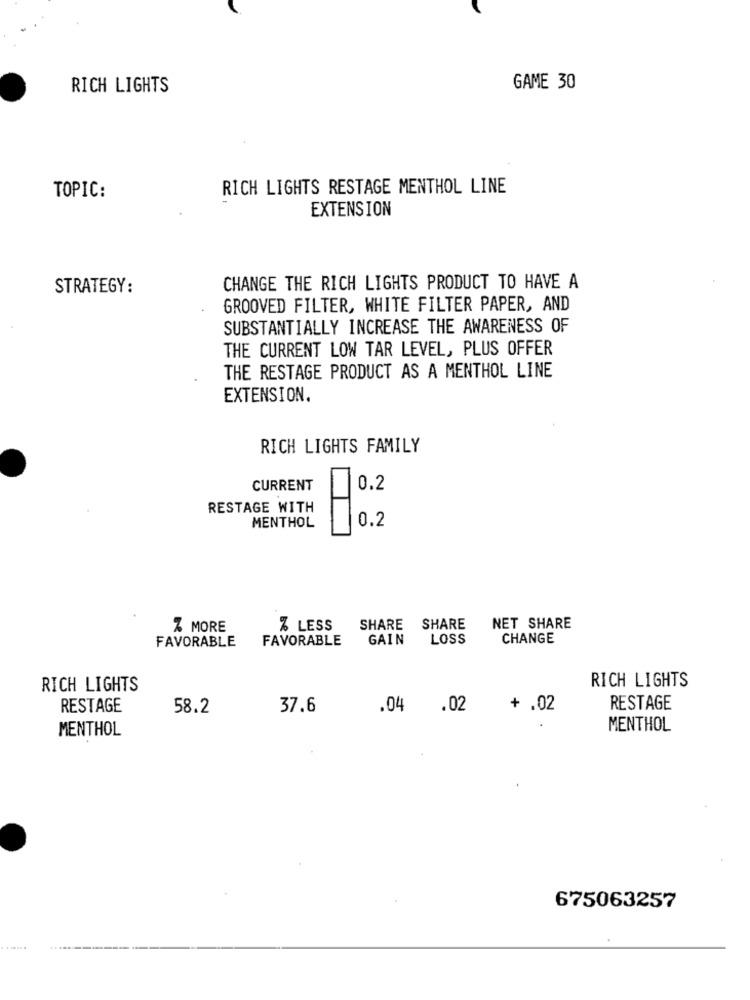
RICH LIGHTS
GAME 30
RICH LIGHTS RESTAGE MENTHOL LINE
TOPIC:
EXTENSION
STRATEGY:
CHANGE THE RICH LIGHTS PRODUCT TO HAVE A
GROOVED FILTER, WHITE FILTER PAPER, AND
SUBSTANTIALLY INCREASE THE AWARENESS OF
THE CURRENT LOW TAR LEVEL, PLUS OFFER
THE RESTAGE PRODUCT AS A MENTHOL LINE
EXTENSION.
RICH LIGHTS FAMILY
CURRENT
0.2
RESTAGE WITH
MENTHOL
-
0.2
Z MORE
% LESS
SHARE
SHARE
NET SHARE
FAVORABLE
FAVORABLE
GAIN
LOSS
CHANGE
RICH LIGHTS
RICH LIGHTS
RESTAGE
58.2
37.6
.04 .02
+ .02
RESTAGE
MENTHOL
MENTHOL
675063257
....